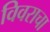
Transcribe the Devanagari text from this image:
विवराचा